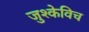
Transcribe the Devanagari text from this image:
जुश्केविच